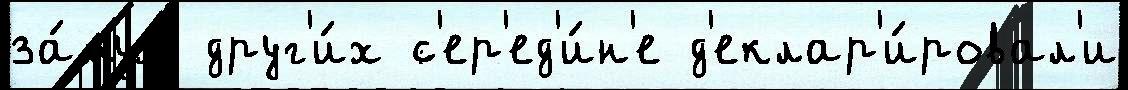
за́муж друг'и́х с'ер'ед'и́н'е д'еклар'и́ровал'и